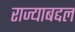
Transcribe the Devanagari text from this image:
राज्याबद्दल